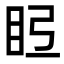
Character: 𭾤